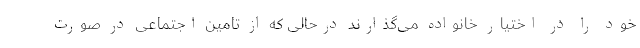
خود را در اختیار خانواده می‌گذارند درحالی که از تامین اجتماعی در صورت